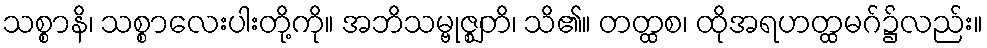
သစ္စာနိ၊ သစ္စာလေးပါးတို့ကို။ အဘိသမ္ဗုဇ္ဈတိ၊ သိ၏။ တတ္ထစ၊ ထိုအရဟတ္ထမဂ်၌လည်း။